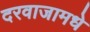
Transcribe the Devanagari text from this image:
दरवाजामधे